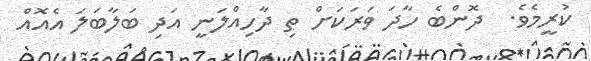
ކުރީމެވެ.  ދޮންބެ ހާދަ ވަރަކަށް ތި ދާހިއްލަނީ އަދި ބަލާބަލަ އެއޮއް